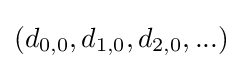
(d_{0,0},d_{1,0},d_{2,0},...)